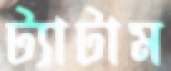
ট্যাটাম